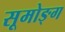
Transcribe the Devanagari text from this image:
सूमोङ्ग